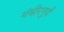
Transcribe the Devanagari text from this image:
गंभीरगुर्दे